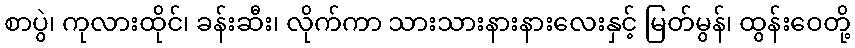
စာပွဲ၊ ကုလားထိုင်၊ ခန်းဆီး၊ လိုက်ကာ သားသားနားနားလေးနှင့် မြတ်မွန်၊ ထွန်းဝေတို့